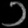
Digit: ၁